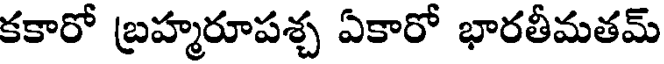
కకారో బ్రహ్మరూపశ్చ ఏకారో భారతీమతమ్